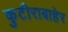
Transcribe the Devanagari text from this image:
कुटीराबाहेर